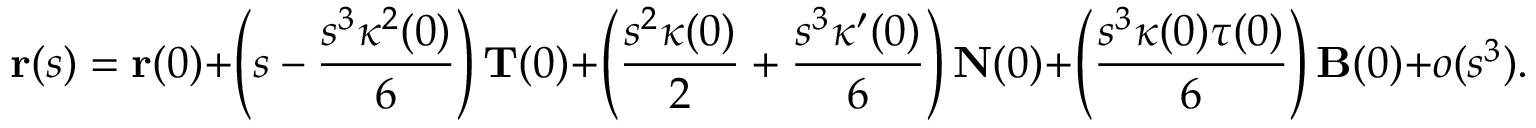
\mathbf { r } ( s ) = \mathbf { r } ( 0 ) + \left( s - { \frac { s ^ { 3 } \kappa ^ { 2 } ( 0 ) } { 6 } } \right) \mathbf { T } ( 0 ) + \left( { \frac { s ^ { 2 } \kappa ( 0 ) } { 2 } } + { \frac { s ^ { 3 } \kappa ^ { \prime } ( 0 ) } { 6 } } \right) \mathbf { N } ( 0 ) + \left( { \frac { s ^ { 3 } \kappa ( 0 ) \tau ( 0 ) } { 6 } } \right) \mathbf { B } ( 0 ) + o ( s ^ { 3 } ) .